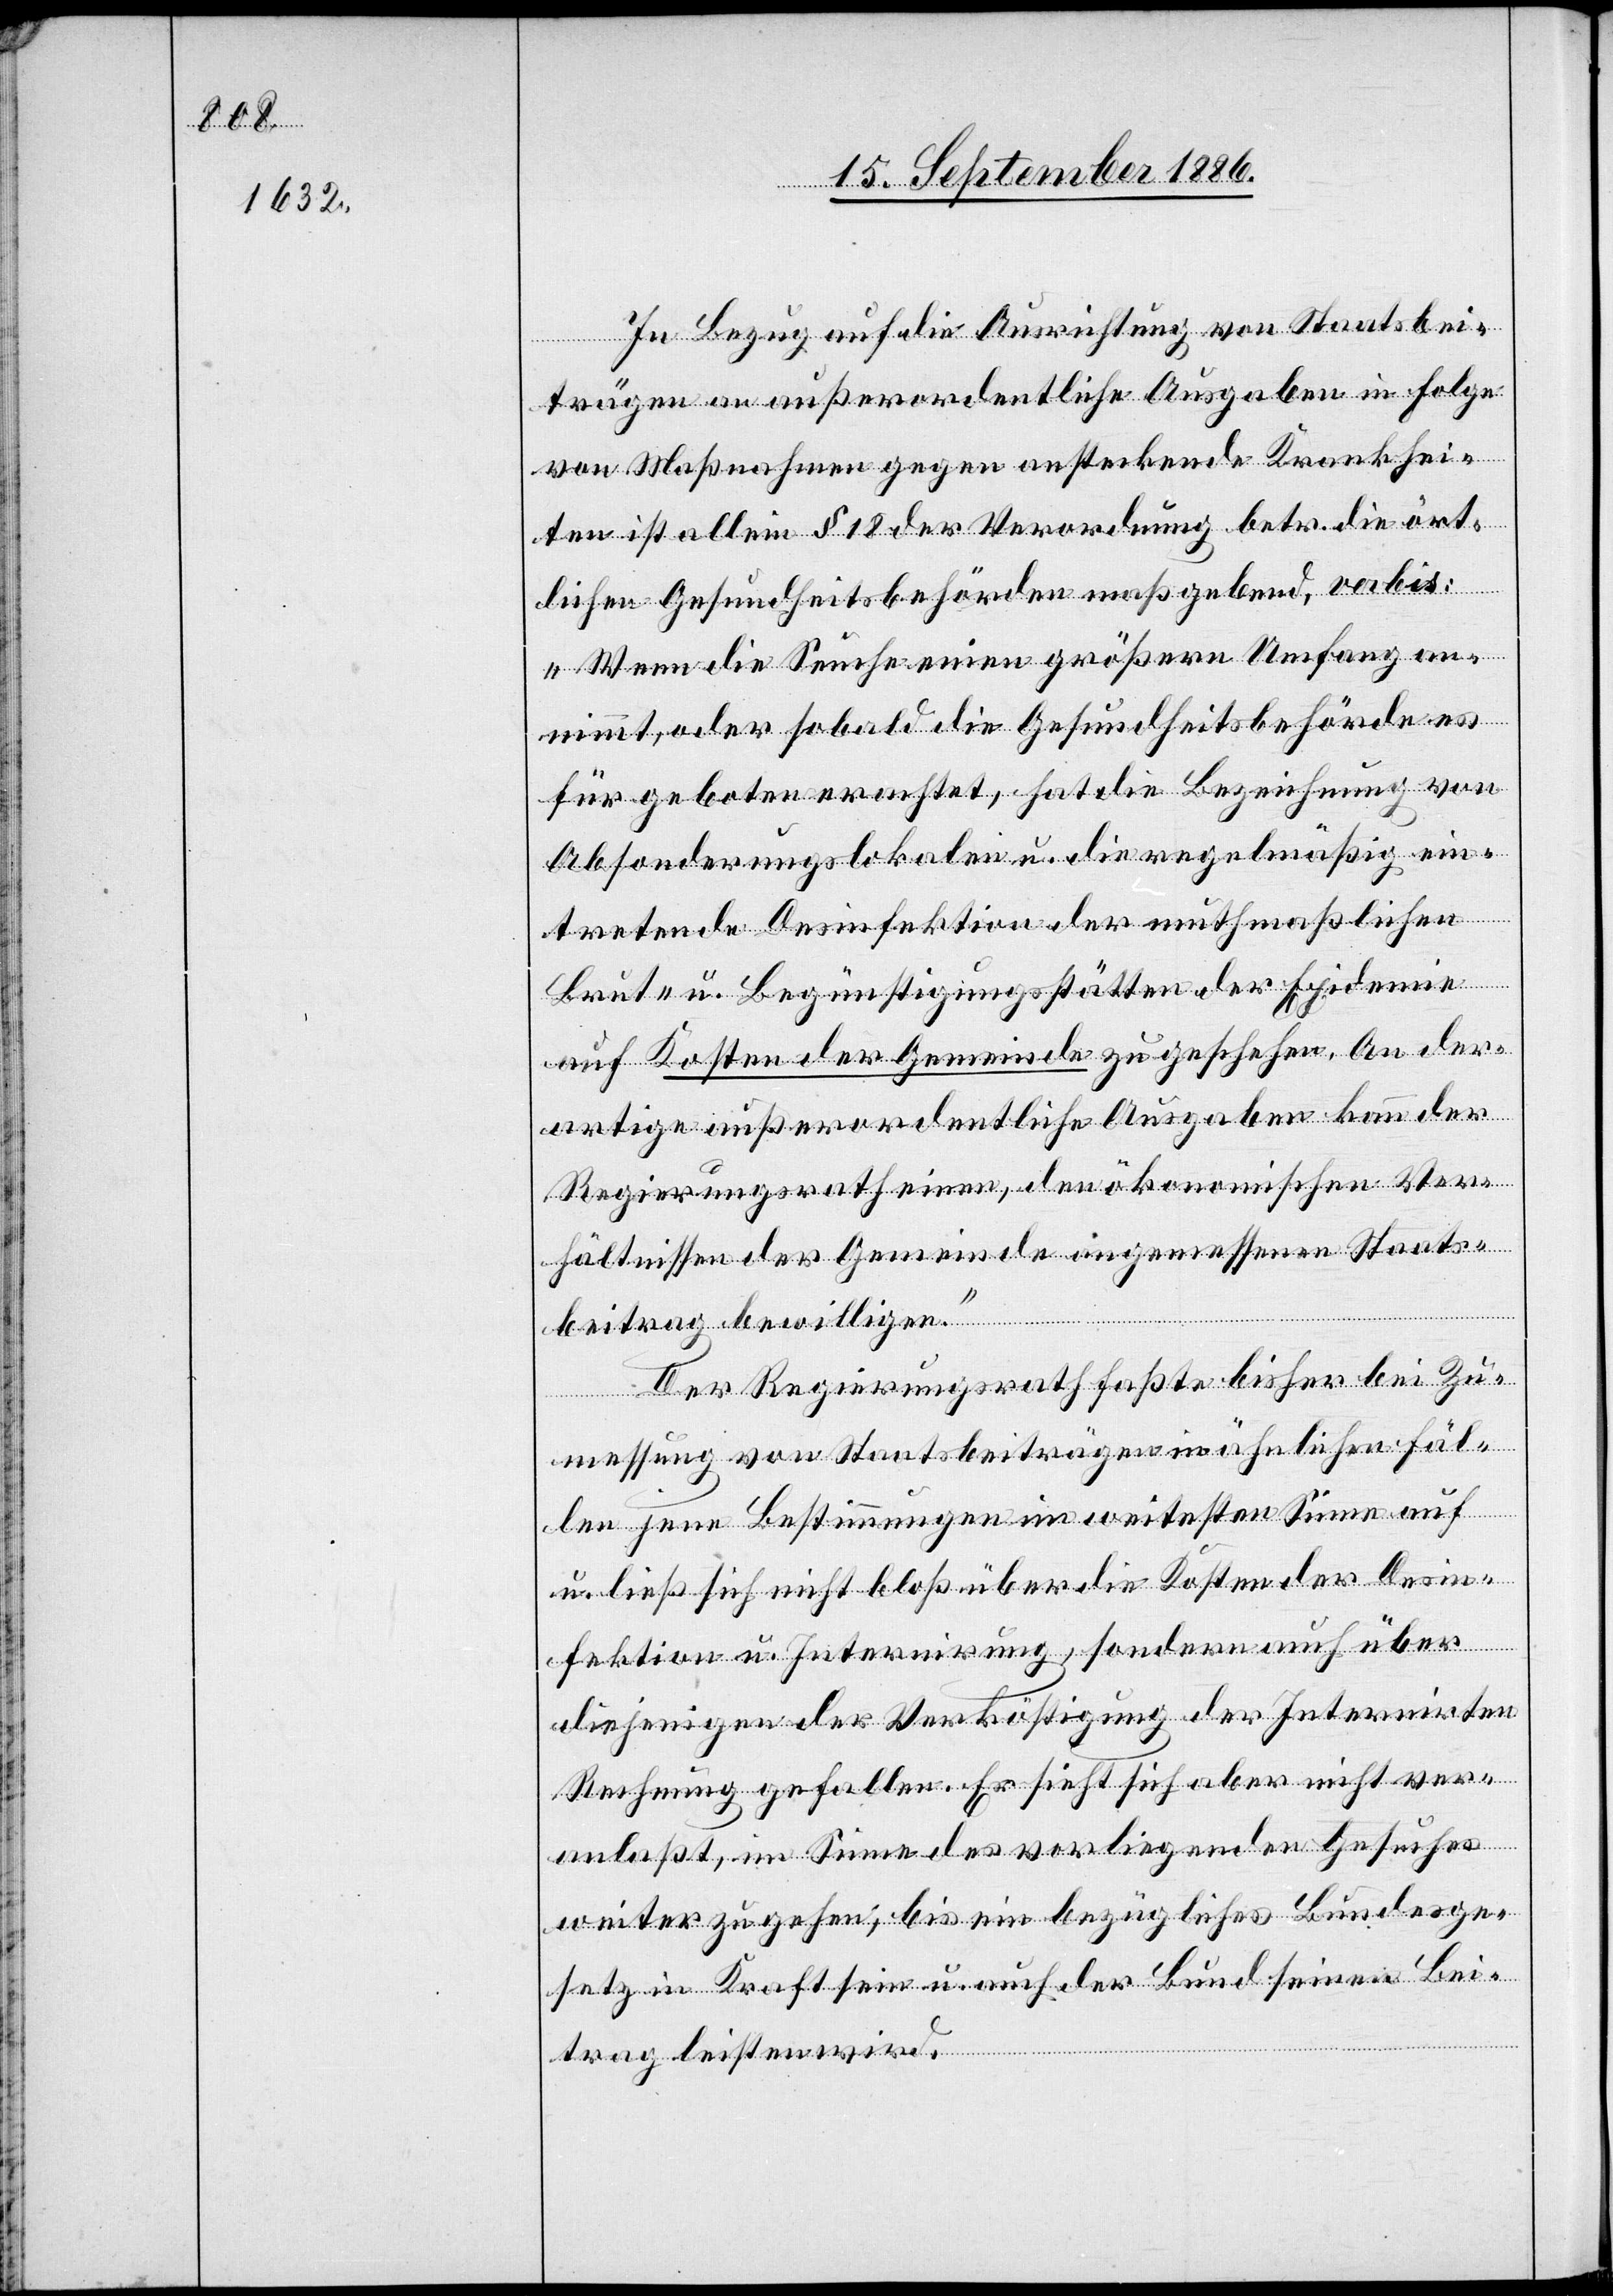
In Bezug auf die Ausrichtung von Staatsbei¬
trägen an außerordentliche Ausgaben in Folge
von Maßnahmen gegen ansteckende Krankhei¬
ten ist allein § 18 der Verordnung betr. die ört¬
lichen Gesundheitsbehörden maßgebend, verbis:
„Wenn die Seuche einen größern Umfang an¬
nimmt, oder sobald die Gesundheitsbehörde es
für geboten erachtet, hat die Bezeichnung von
Absonderungslokalen u. die regelmäßig ein¬
tretende Desinfektion der muthmaßlichen
Brut- u. Begünstigungsstätten der Epidemie
auf Kosten der Gemeinde zu geschehen. An der¬
artige außerordentliche Ausgaben kann der
Regierungsrath einen, den ökonomischen Ver¬
hältnissen der Gemeinde angemessenen Staats¬
beitrag bewilligen.“
Der Regierungsrath faßte bisher bei Zu¬
messung von Staatsbeiträgen in ähnlichen Fäl¬
len jene Bestimmungen im weitesten Sinne auf
u. ließ sich nicht bloß über die Kosten der Desin¬
fektion u. Internirung, sondern auch über
diejenigen der Verköstigung der Internirten
Rechnung gefallen. Er sieht sich aber nicht ver¬
anlaßt, im Sinne des vorliegenden Gesuches
weiter zu gehen, bis ein bezügliches Bundesge¬
setz in Kraft sein u. auch der Bund seinen Bei¬
trag leisten wird.